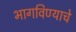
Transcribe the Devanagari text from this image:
भागविण्याचे